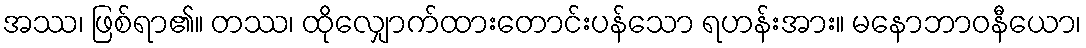
အဿ၊ ဖြစ်ရာ၏။ တဿ၊ ထိုလျှောက်ထားတောင်းပန်သော ရဟန်းအား။ မနောဘာဝနီယော၊